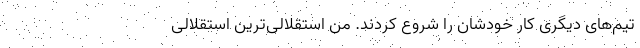
تیم‌های دیگری کار خودشان را شروع کردند. من استقلالی‌ترین استقلالی